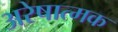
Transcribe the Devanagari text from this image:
अरेषात्मक